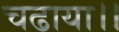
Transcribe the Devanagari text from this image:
चढाया।।